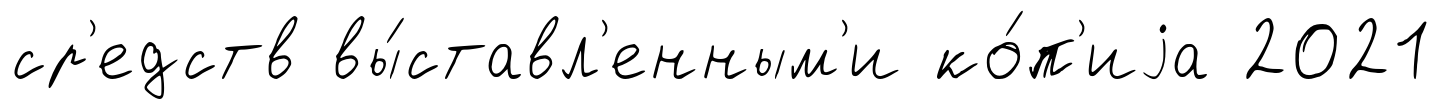
ср'едств вы́ставл'енным'и ко́п'иjа 2021